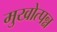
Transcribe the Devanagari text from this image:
मुखोत्पन्न